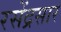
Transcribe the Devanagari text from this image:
रसेंद्रसार